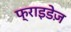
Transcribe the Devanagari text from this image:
फ्राइडेज़